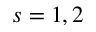
s = 1 , 2